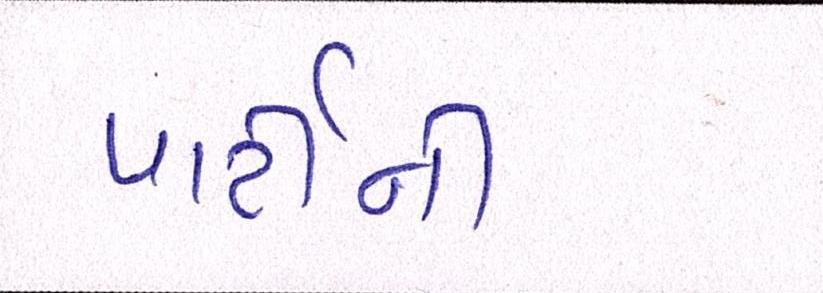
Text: પાર્ટીની